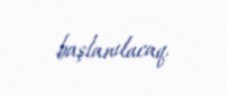
başlanılacaq.